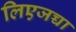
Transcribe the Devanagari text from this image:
लिएजच्चा